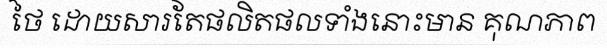
ថៃ ដោយសារតែផលិតផលទាំងនោះមាន គុណភាព